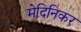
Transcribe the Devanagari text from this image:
मेदिनिकर